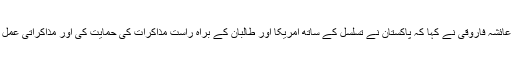
ترجمان دفتر خارجہ عائشہ فاروقی نے کہا کہ پاکستان نے تسلسل کے ساتھ امریکا اور طالبان کے براہ راست مذاکرات کی حمایت کی اور مذاکراتی عمل کے لیے سہولت دی۔